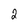
Character: 2